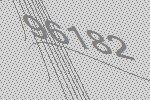
96182